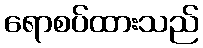
ရောစပ်ထားသည်